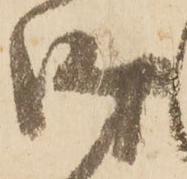
時